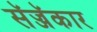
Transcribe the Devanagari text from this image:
सॅज्जॅकार